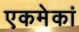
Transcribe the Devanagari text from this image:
एकमेकां